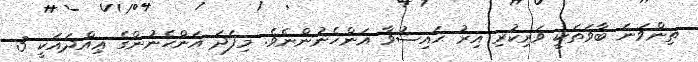
ތިންވަނަ ބާވަތަކީ ވަރިކުރި އިރު ޙައިޟުވާ އަންހެނުންނެވެ. މިފަދަ އަންހެނުންގެ ޢިއްދައަކީ 3